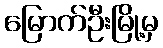
မြောက်ဦးမြို့မှ